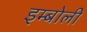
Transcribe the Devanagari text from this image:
इम्बोली